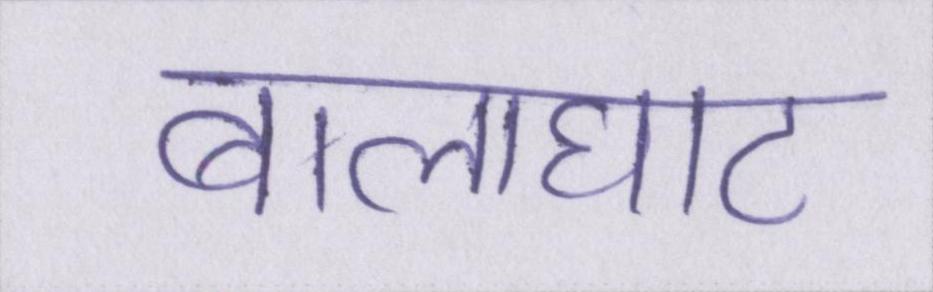
बालाघाट